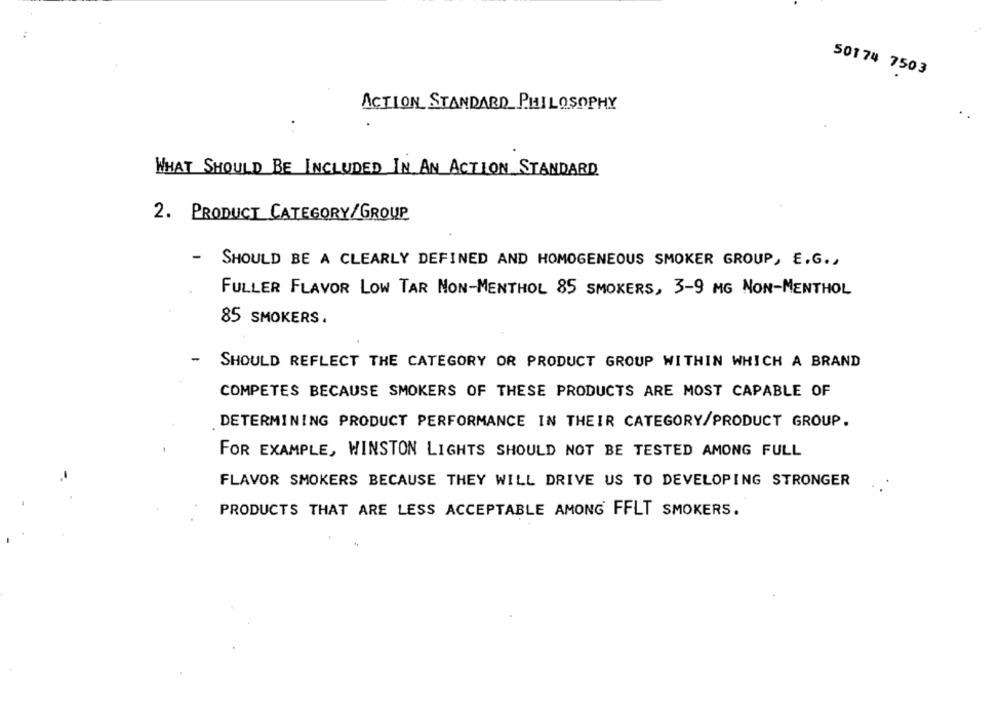
50174 7503
ACTION STANDARD PHILOSOPHY
WHAT SHOULD BE INCLUDED IN AN ACTION STANDARD
2. PRODUCT CATEGORY/GROUP
-
SHOULD BE A CLEARLY DEFINED AND HOMOGENEOUS SMOKER GROUP, E.G .,
FULLER FLAVOR LOW TAR NON-MENTHOL 85 SMOKERS, 3-9 MG NON-MENTHOL
85 SMOKERS.
SHOULD REFLECT THE CATEGORY OR PRODUCT GROUP WITHIN WHICH A BRAND
COMPETES BECAUSE SMOKERS OF THESE PRODUCTS ARE MOST CAPABLE OF
DETERMINING PRODUCT PERFORMANCE IN THEIR CATEGORY/PRODUCT GROUP.
FOR EXAMPLE, WINSTON LIGHTS SHOULD NOT BE TESTED AMONG FULL
FLAVOR SMOKERS BECAUSE THEY WILL DRIVE US TO DEVELOPING STRONGER
PRODUCTS THAT ARE LESS ACCEPTABLE AMONG FFLT SMOKERS.